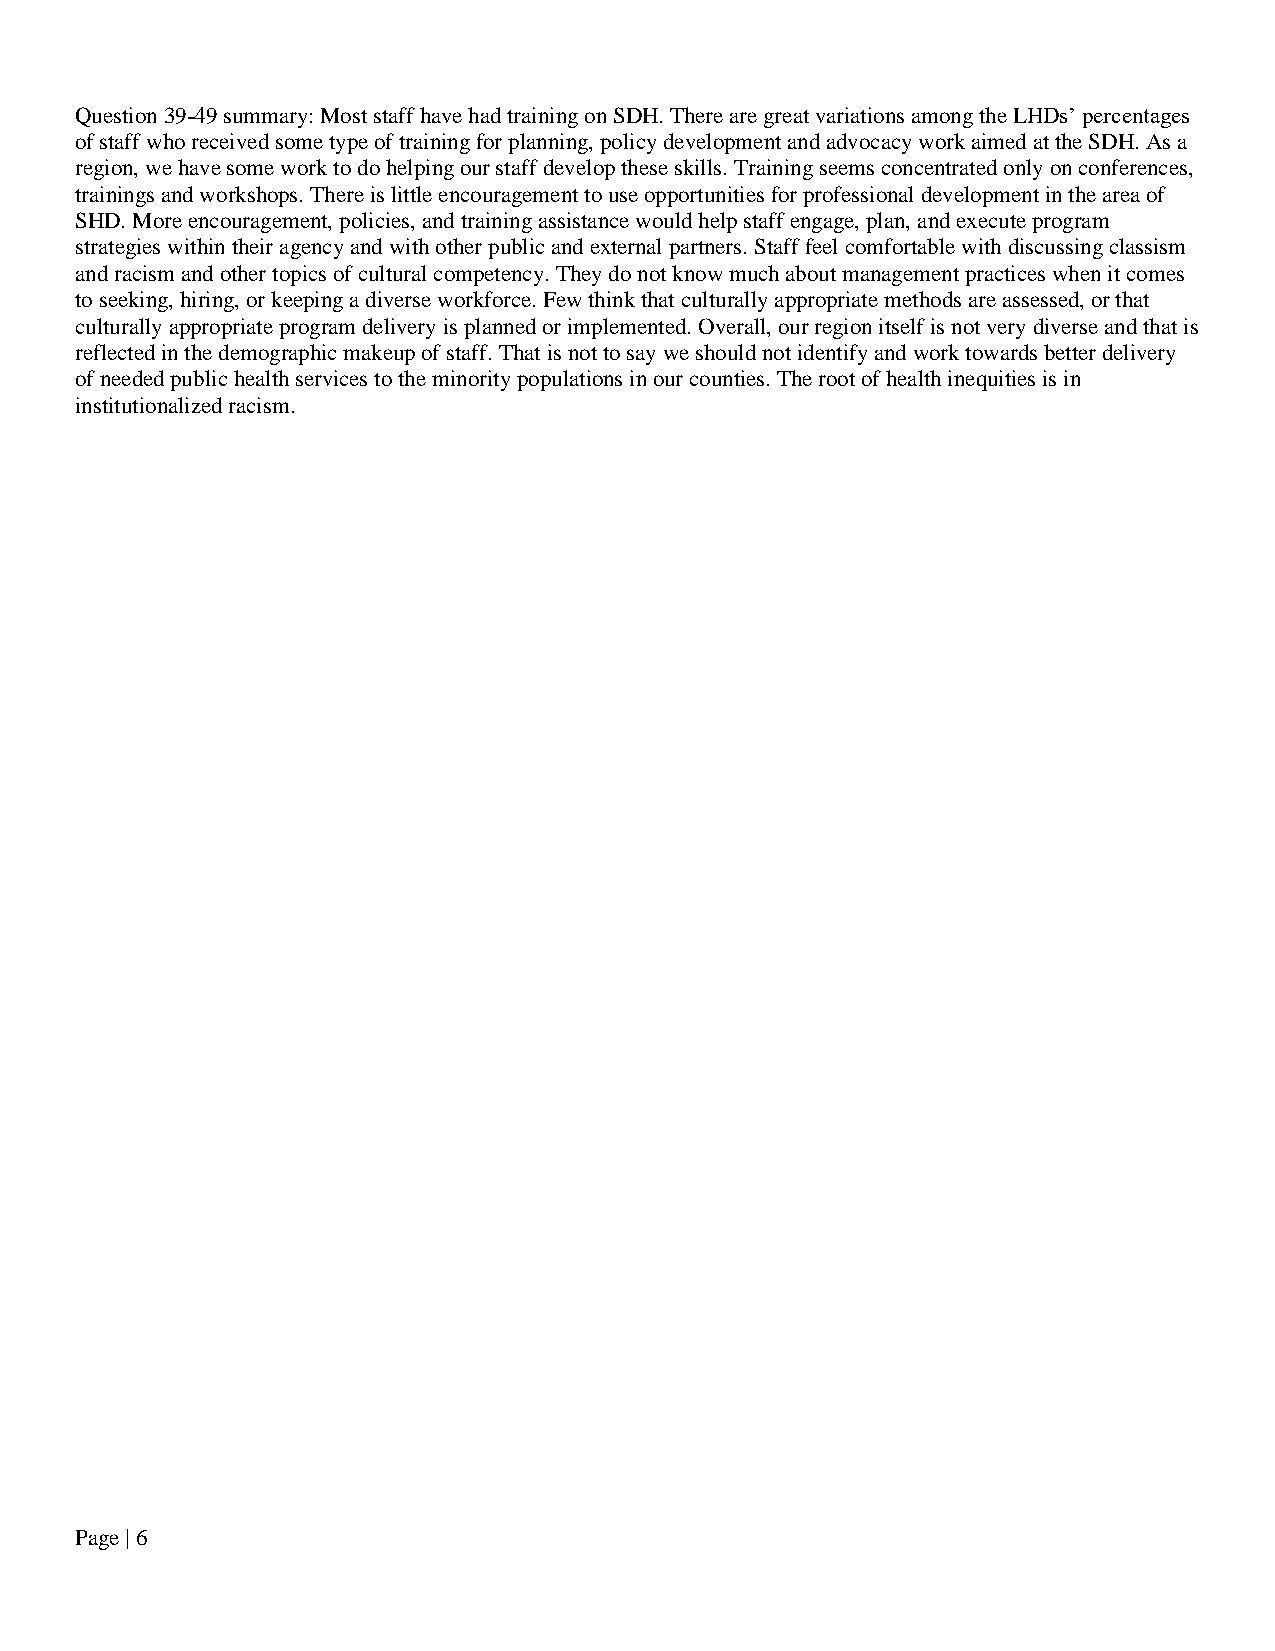
Question 39-49 summary: Most staff have had training on SDH. There are great variations among the LHDs’ percentages
 of staff who received some type of training for planning, policy development and advocacy work aimed at the SDH. As a
 region, we have some work to do helping our staff develop these skills. Training seems concentrated only on conferences,
 trainings and workshops. There is little encouragement to use opportunities for professional development in the area of
 SHD. More encouragement, policies, and training assistance would help staff engage, plan, and execute program
 strategies within their agency and with other public and external partners. Staff feel comfortable with discussing classism
 and racism and other topics of cultural competency. They do not know much about management practices when it comes
 to seeking, hiring, or keeping a diverse workforce. Few think that culturally appropriate methods are assessed, or that
 culturally appropriate program delivery is planned or implemented. Overall, our region itself is not very diverse and that is
 reflected in the demographic makeup of staff. That is not to say we should not identify and work towards better delivery
 of needed public health services to the minority populations in our counties. The root of health inequities is in
 institutionalized racism.
 Page | 6